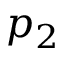
p _ { 2 }